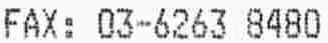
FAX: 03-6263 8480